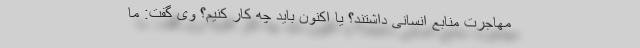
مهاجرت منابع انسانی داشتند؟ یا اكنون باید چه كار كنیم؟ وی گفت: ما